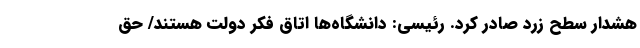
هشدار سطح زرد صادر کرد. رئیسی: دانشگاه‌ها اتاق فکر دولت هستند/ حق